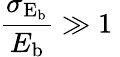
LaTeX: \frac{\sigma_{\mathrm{E_{b}}}}{E_{\mathrm{b}}}\gg 1\